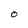
Character: O